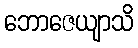
ဘောဇေယျာသိ